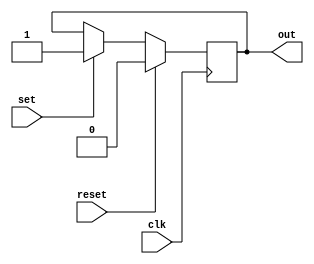
module SR_latch(
    input clk,
    input set,
    input reset,
    output reg out
    );
    
    always @(posedge clk) begin
        if(reset) begin
            out <= 0;
        end
            else begin
                if(set) begin
                    out <= 1;
                end
            end
    end                     
endmodule